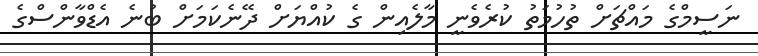
ނަސީމްގެ މައްޗަށް ތުހުމަތު ކުރެވެނީ މާލެއިން ގެ ކުއްޔަށް ދޭނެކަމަށް ބުނެ އެޑްވާންސްގެ